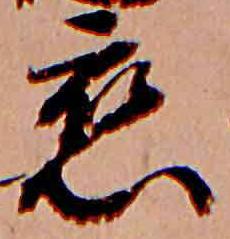
恋